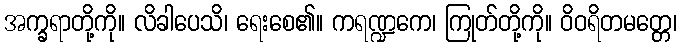
အက္ခရာတို့ကို။ လိခါပေသိ၊ ရေးစေ၏။ ကရဏ္ဍကေ၊ ကြုတ်တို့ကို။ ဝိဝရိတမတ္တေ၊